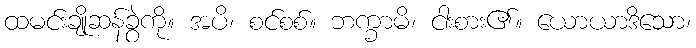
ထမင်းချိုဆန်ခွဲကို။ အပိ၊ စင်စစ်။ ဘက္ခာမိ၊ ငါးစား၏။ ယောယာဒိသော၊